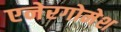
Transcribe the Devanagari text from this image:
एनेरगोमेश